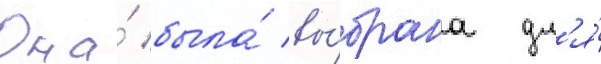
Она́ была́ вы́брана дл'я́